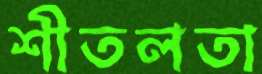
শীতলতা